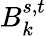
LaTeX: B_{k}^{s,t}